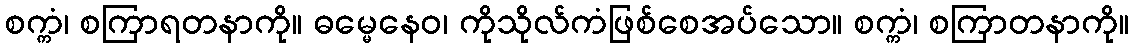
စက္ကံ၊ စကြာရတနာကို။ ဓမ္မေနေဝ၊ ကိုသိုလ်ကံဖြစ်စေအပ်သော။ စက္ကံ၊ စကြာတနာကို။